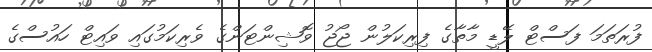
ފުރަތަމަ ފަސްޓް ލޭޑީ މާތާގެ ފިރިކަލުން ޖޯޖު ވޮޝިންޓަންގެ ވެރިކަމުގައި ވައިޓް ހައުސްގެ